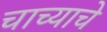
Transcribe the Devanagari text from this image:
चाच्याचे